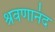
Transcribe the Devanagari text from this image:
श्रवणानंद